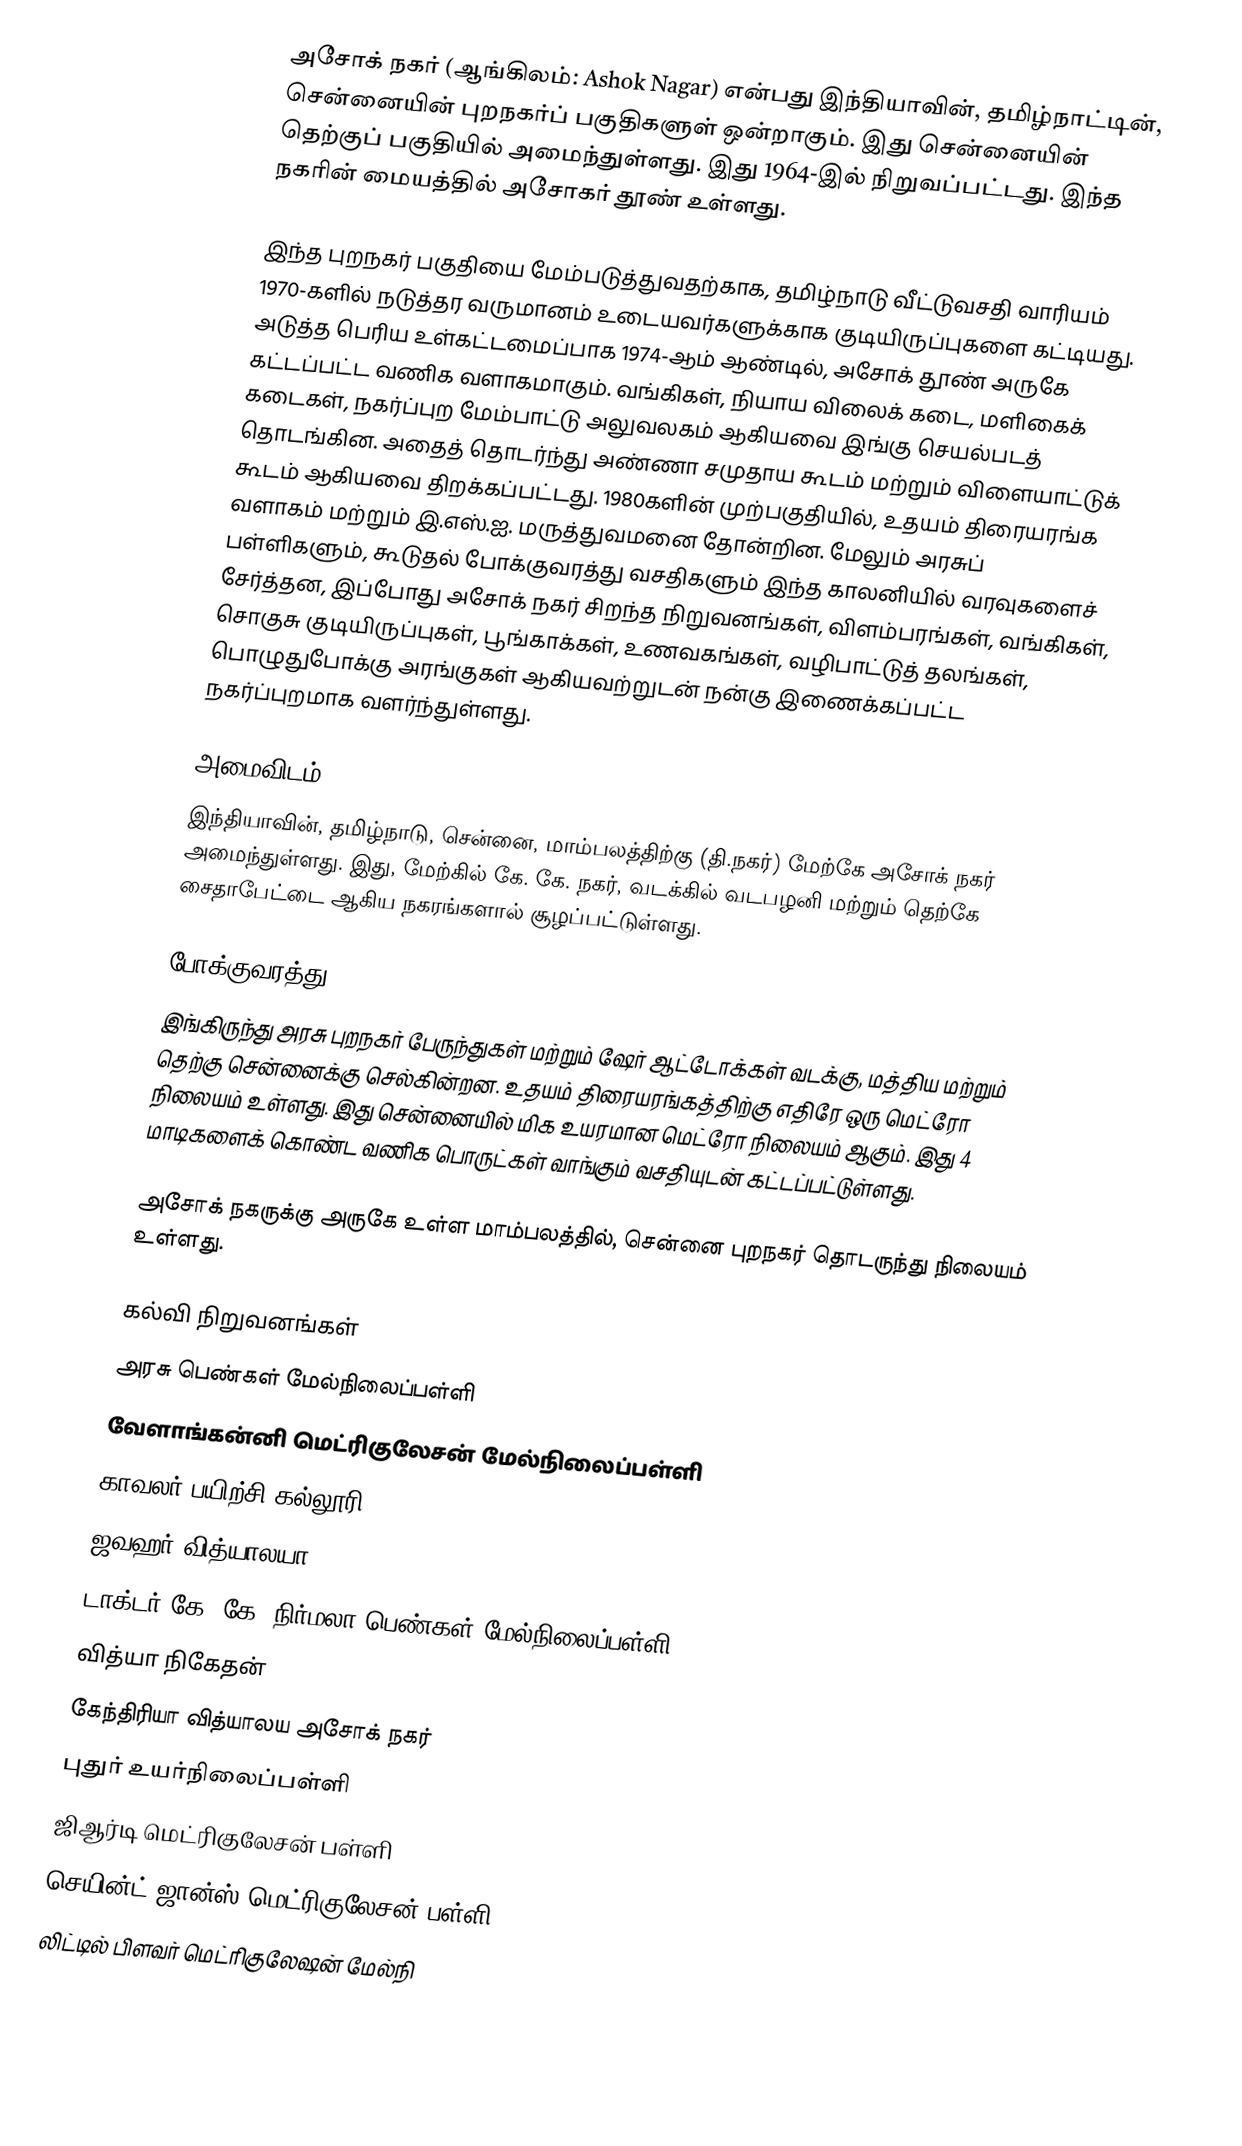
அசோக் நகர் (ஆங்கிலம்: Ashok Nagar) என்பது இந்தியாவின், தமிழ்நாட்டின், சென்னையின் புறநகர்ப் பகுதிகளுள் ஒன்றாகும். இது சென்னையின் தெற்குப் பகுதியில் அமைந்துள்ளது. இது 1964-இல் நிறுவப்பட்டது. இந்த நகரின் மையத்தில் அசோகர் தூண் உள்ளது.

இந்த புறநகர் பகுதியை மேம்படுத்துவதற்காக, தமிழ்நாடு வீட்டுவசதி வாரியம் 1970-களில் நடுத்தர வருமானம் உடையவர்களுக்காக குடியிருப்புகளை கட்டியது. அடுத்த பெரிய உள்கட்டமைப்பாக 1974-ஆம் ஆண்டில், அசோக் தூண் அருகே கட்டப்பட்ட வணிக வளாகமாகும். வங்கிகள், நியாய விலைக் கடை, மளிகைக் கடைகள், நகர்ப்புற மேம்பாட்டு அலுவலகம் ஆகியவை இங்கு செயல்படத் தொடங்கின. அதைத் தொடர்ந்து அண்ணா சமுதாய கூடம் மற்றும் விளையாட்டுக் கூடம் ஆகியவை திறக்கப்பட்டது. 1980களின் முற்பகுதியில், உதயம் திரையரங்க வளாகம் மற்றும் இ.எஸ்.ஐ. மருத்துவமனை தோன்றின. மேலும் அரசுப் பள்ளிகளும், கூடுதல் போக்குவரத்து வசதிகளும் இந்த காலனியில் வரவுகளைச் சேர்த்தன, இப்போது அசோக் நகர் சிறந்த நிறுவனங்கள், விளம்பரங்கள், வங்கிகள், சொகுசு குடியிருப்புகள், பூங்காக்கள், உணவகங்கள், வழிபாட்டுத் தலங்கள், பொழுதுபோக்கு அரங்குகள் ஆகியவற்றுடன் நன்கு இணைக்கப்பட்ட நகர்ப்புறமாக வளர்ந்துள்ளது.

அமைவிடம்
இந்தியாவின், தமிழ்நாடு, சென்னை, மாம்பலத்திற்கு (தி.நகர்) மேற்கே அசோக் நகர் அமைந்துள்ளது. இது, மேற்கில் கே. கே. நகர், வடக்கில் வடபழனி மற்றும் தெற்கே சைதாபேட்டை ஆகிய நகரங்களால் சூழப்பட்டுள்ளது.

போக்குவரத்து
இங்கிருந்து அரசு புறநகர் பேருந்துகள் மற்றும் ஷேர் ஆட்டோக்கள் வடக்கு, மத்திய மற்றும் தெற்கு சென்னைக்கு செல்கின்றன. உதயம் திரையரங்கத்திற்கு எதிரே ஒரு மெட்ரோ நிலையம் உள்ளது. இது சென்னையில் மிக உயரமான மெட்ரோ நிலையம் ஆகும். இது 4 மாடிகளைக் கொண்ட வணிக பொருட்கள் வாங்கும் வசதியுடன் கட்டப்பட்டுள்ளது.

அசோக் நகருக்கு அருகே உள்ள மாம்பலத்தில், சென்னை புறநகர் தொடருந்து நிலையம் உள்ளது.

கல்வி நிறுவனங்கள்
 அரசு பெண்கள் மேல்நிலைப்பள்ளி
 வேளாங்கன்னி மெட்ரிகுலேசன் மேல்நிலைப்பள்ளி
 காவலர் பயிற்சி கல்லூரி
 ஜவஹர் வித்யாலயா
 டாக்டர் கே. கே. நிர்மலா பெண்கள் மேல்நிலைப்பள்ளி
 வித்யா நிகேதன்
 கேந்திரியா வித்யாலய அசோக் நகர்
 புதுர் உயர்நிலைப்பள்ளி
 ஜிஆர்டி மெட்ரிகுலேசன் பள்ளி
 செயின்ட் ஜான்ஸ் மெட்ரிகுலேசன் பள்ளி
 லிட்டில் பிளவர் மெட்ரிகுலேஷன் மேல்நி